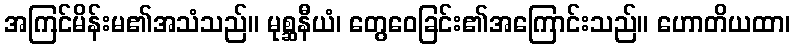
အကြင်မိန်းမ၏အသံသည်။ မုစ္ဆနီယံ၊ တွေဝေခြင်း၏အကြောင်းသည်။ ဟောတိယထာ၊